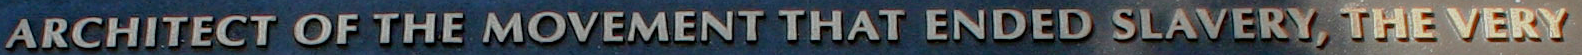
ARHITECT OF THE MOVEMENT THAT ENDED SLAVERY, THE VERY